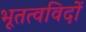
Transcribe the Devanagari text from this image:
भूतत्वविदों